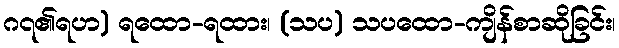
ဂ၇၏ရဟ) ရထော-ရထား၊ (သပ) သပထော-ကျိန်စာဆိုခြင်း၊